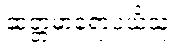
ဆတ္တမာရောပယိံသု